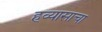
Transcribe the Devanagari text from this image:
हव्यासाचा